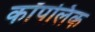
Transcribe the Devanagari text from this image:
कॉपलिक